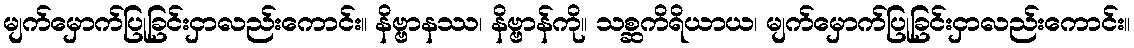
မျက်မှောက်ပြုခြင်းငှာလည်းကောင်း။ နိဗ္ဗာနဿ၊ နိဗ္ဗာန်ကို။ သစ္ဆကိရိယာယ၊ မျက်မှောက်ပြုခြင်းငှာလည်းကောင်း။